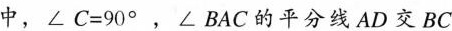
中，$$∠ C = 9 0 °$$，∠BAC的平分线AD交BC